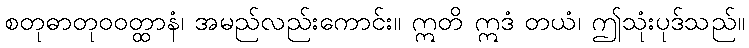
စတုဓာတုဝဝတ္ထာနံ၊ အမည်လည်းကောင်း။ ဣတိ ဣဒံ တယံ၊ ဤသုံးပုဒ်သည်။